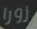
زورا